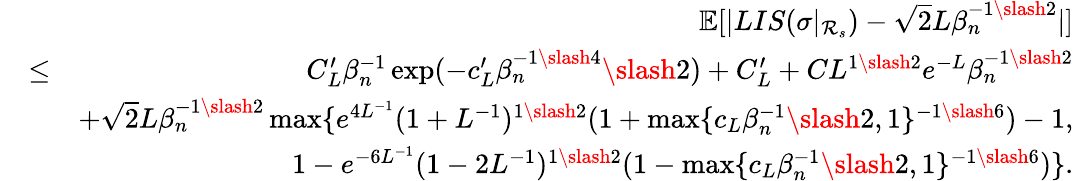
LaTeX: \begin{array}{rlr}&{}&{\mathbb{E}[|LIS(\sigma|_{\mathcal{R}_{s}})-\sqrt{2}L\beta_{n}^{-1\slash 2}|]}\\ &{\leq}&{C_{L}^{\prime}\beta_{n}^{-1}\exp(-c_{L}^{\prime}\beta_{n}^{-1\slash 4}\slash 2)+C_{L}^{\prime}+CL^{1\slash 2}e^{-L}\beta_{n}^{-1\slash 2}}\\ &{}&{+\sqrt{2}L\beta_{n}^{-1\slash 2}\operatorname*{max}\{ e^{4L^{-1}}(1+L^{-1})^{1\slash 2}(1+\operatorname*{max}\{ c_{L}\beta_{n}^{-1}\slash 2,1\} ^{-1\slash 6})-1,}\\ &{}&{\quad\quad\quad\quad 1-e^{-6L^{-1}}(1-2L^{-1})^{1\slash 2}(1-\operatorname*{max}\{ c_{L}\beta_{n}^{-1}\slash 2,1\} ^{-1\slash 6})\} .}\end{array}